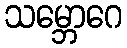
သမ္ဘောဂေ